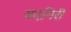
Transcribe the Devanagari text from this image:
यदगिरी